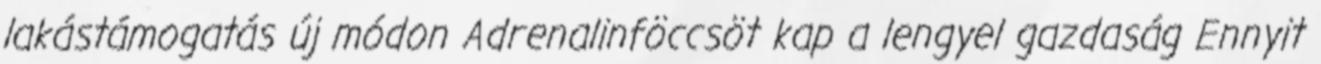
lakástámogatás új módon Adrenalinföccsöt kap a lengyel gazdaság Ennyit